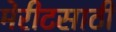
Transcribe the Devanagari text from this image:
मेरीटसाठी